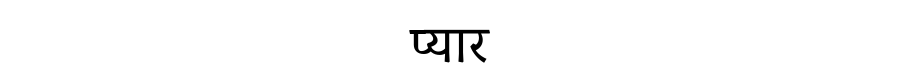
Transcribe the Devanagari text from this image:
प्यार